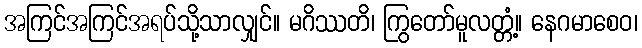
အကြင်အကြင်အရပ်သို့သာလျှင်။ မဂိဿတိ၊ ကြွတော်မူလတ္တံ့။ နေဂမာစေဝ၊